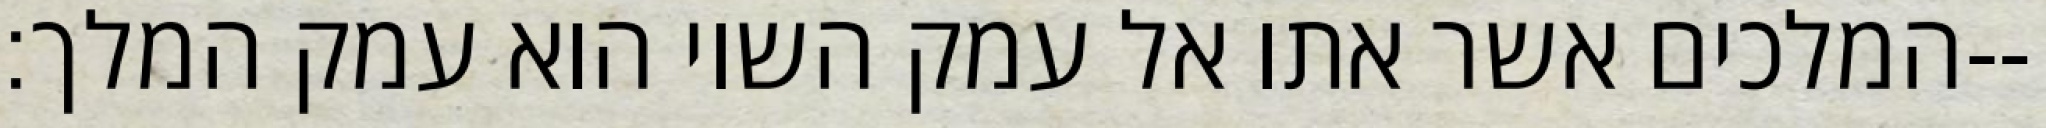
המלכים אשר אתו אל עמק השוי הוא עמק המלך׃--